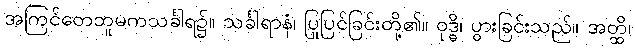
အကြင်တေဘူမကသင်္ခါရ၌။ သင်္ခါရာနံ၊ ပြုပြင်ခြင်းတို့၏။ ဝုဒ္ဓိ၊ ပွားခြင်းသည်။ အတ္ထိ၊